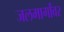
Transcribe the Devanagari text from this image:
जलमार्गांवर